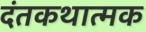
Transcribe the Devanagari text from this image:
दंतकथात्मक